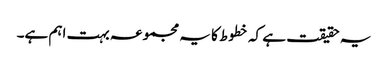
یہ حقیقت ہے کہ خطوط کا یہ مجموعہ بہت اہم ہے۔